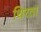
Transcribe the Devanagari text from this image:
थिरता